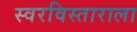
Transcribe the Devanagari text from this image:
स्वरविस्ताराला